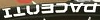
PACENTI